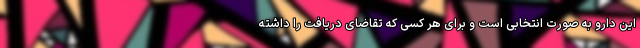
این دارو به صورت انتخابی است و برای هر کسی که تقاضای دریافت را داشته